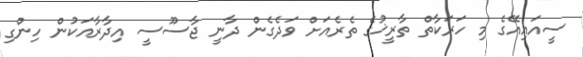
ސީއައިއޭގެ މި ހަރަކާތް ތާރީޚުގެ ތެރެއަށް ވަދެގެން ދާނީ ޖާސޫސީ އިދާރާއަކުން ހިންގި